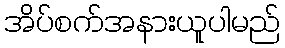
အိပ်စက်အနားယူပါမည်